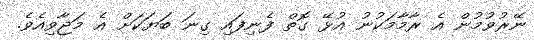
ނޭރުވުމުން އެ ރާމާމަކުނު އުޅޭ ގޮތް ފެނިފައި ގިނަ ބަޔަކަށް އެ މަޖާވިއެވެ.